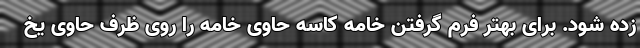
زده شود. برای بهتر فرم گرفتن خامه کاسه حاوی خامه را روی ظرف حاوی یخ